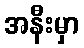
အနီးမှာ